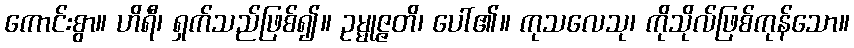
ကောင်းစွာ။ ဟိရီ၊ ရှက်သည်ဖြစ်၍။ ဥမ္မုဇ္ဇတိ၊ ပေါ်၏။ ကုသလေသု၊ ကိုသိုလ်ဖြစ်ကုန်သော။